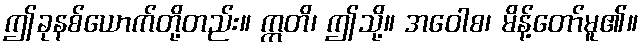
ဤခုနစ်ယောက်တို့တည်း။ ဣတိ၊ ဤသို့။ အဝေါစ၊ မိန့်တော်မူ၏။